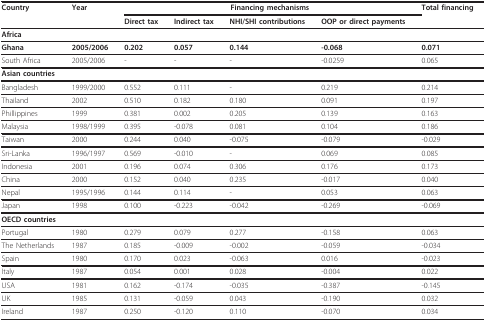
<table><thead><tr><td><b>Country</b></td><td><b>Year</b></td><td colspan="4"><b>Financing mechanisms</b></td><td><b>Total financing</b></td></tr><tr><td></td><td></td><td><b>Direct tax</b></td><td><b>Indirect tax</b></td><td><b>NHI/SHI contributions</b></td><td><b>OOP or direct payments</b></td><td></td></tr></thead><tbody><tr><td><b>Africa</b></td><td></td><td></td><td></td><td></td><td></td><td></td></tr><tr><td><b>Ghana</b></td><td><b>2005/2006</b></td><td><b>0.202</b></td><td><b>0.057</b></td><td><b>0.144</b></td><td><b>-0.068</b></td><td><b>0.071</b></td></tr><tr><td>South Africa</td><td>2005/2006</td><td>-</td><td>-</td><td>-</td><td>-0.0259</td><td>0.065</td></tr><tr><td><b>Asian countries</b></td><td></td><td></td><td></td><td></td><td></td><td></td></tr><tr><td>Bangladesh</td><td>1999/2000</td><td>0.552</td><td>0.111</td><td>-</td><td>0.219</td><td>0.214</td></tr><tr><td>Thailand</td><td>2002</td><td>0.510</td><td>0.182</td><td>0.180</td><td>0.091</td><td>0.197</td></tr><tr><td>Phillippines</td><td>1999</td><td>0.381</td><td>0.002</td><td>0.205</td><td>0.139</td><td>0.163</td></tr><tr><td>Malaysia</td><td>1998/1999</td><td>0.395</td><td>-0.078</td><td>0.081</td><td>0.104</td><td>0.186</td></tr><tr><td>Taiwan</td><td>2000</td><td>0.244</td><td>0.040</td><td>-0.075</td><td>-0.079</td><td>-0.029</td></tr><tr><td>Sri-Lanka</td><td>1996/1997</td><td>0.569</td><td>-0.010</td><td>-</td><td>0.069</td><td>0.085</td></tr><tr><td>Indonesia</td><td>2001</td><td>0.196</td><td>0.074</td><td>0.306</td><td>0.176</td><td>0.173</td></tr><tr><td>China</td><td>2000</td><td>0.152</td><td>0.040</td><td>0.235</td><td>-0.017</td><td>0.040</td></tr><tr><td>Nepal</td><td>1995/1996</td><td>0.144</td><td>0.114</td><td>-</td><td>0.053</td><td>0.063</td></tr><tr><td>Japan</td><td>1998</td><td>0.100</td><td>-0.223</td><td>-0.042</td><td>-0.269</td><td>-0.069</td></tr><tr><td><b>OECD countries</b></td><td></td><td></td><td></td><td></td><td></td><td></td></tr><tr><td>Portugal</td><td>1980</td><td>0.279</td><td>0.079</td><td>0.277</td><td>-0.158</td><td>0.063</td></tr><tr><td>The Netherlands</td><td>1987</td><td>0.185</td><td>-0.009</td><td>-0.002</td><td>-0.059</td><td>-0.034</td></tr><tr><td>Spain</td><td>1980</td><td>0.170</td><td>0.023</td><td>-0.063</td><td>0.016</td><td>-0.023</td></tr><tr><td>Italy</td><td>1987</td><td>0.054</td><td>0.001</td><td>0.028</td><td>-0.004</td><td>0.022</td></tr><tr><td>USA</td><td>1981</td><td>0.162</td><td>-0.174</td><td>-0.035</td><td>-0.387</td><td>-0.145</td></tr><tr><td>UK</td><td>1985</td><td>0.131</td><td>-0.059</td><td>0.043</td><td>-0.190</td><td>0.032</td></tr><tr><td>Ireland</td><td>1987</td><td>0.250</td><td>-0.120</td><td>0.110</td><td>-0.070</td><td>0.034</td></tr></tbody></table>